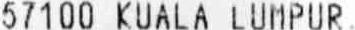
57100 KUALA LUMPUR.